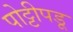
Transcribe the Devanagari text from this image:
पोट्टीपडू